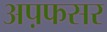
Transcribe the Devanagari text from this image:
अप़फसर